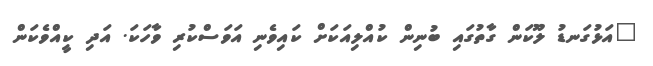
"އަޅުގަނޑު ލޫކަން ގާތުގައި ބުނިން ކުއްލިއަކަށް ކައިވެނި އަވަސްކުރި ވާހަކަ. އަދި ކީއްވެކަން